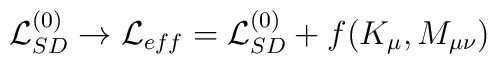
{\cal L}_{SD}^{(0)} \to {\cal L}_{eff}= {\cal L}_{SD}^{(0)} + f(K_\mu , M_{\mu\nu})